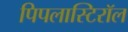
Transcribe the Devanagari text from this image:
पिपलास्टिरॉल